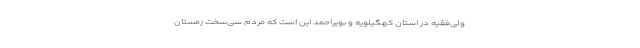
ولی‌فقیه در استان کهگیلویه و بویراحمد این است که مردم سی‌سخت زمستان